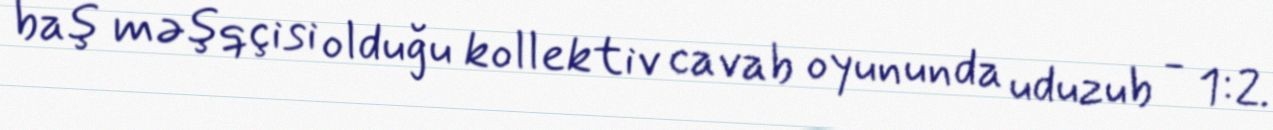
baş məşqçisi olduğu kollektiv cavab oyununda uduzub - 1:2.